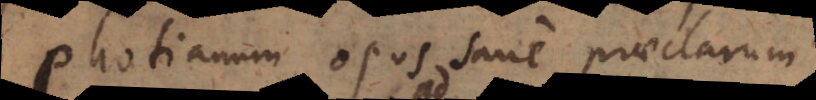
Photianum opus sane praeclarum